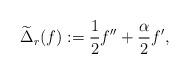
LaTeX: \begin{align*}\widetilde{\Delta}_r(f) := \frac{1}{2}f''+\frac{\alpha}{2}f',\end{align*}